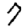
Digit: 7